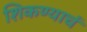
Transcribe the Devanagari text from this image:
शिकण्याचं